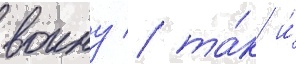
воину / та́к и́